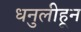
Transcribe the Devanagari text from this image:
धनुलीहून